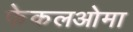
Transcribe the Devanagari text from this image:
फेकलओमा